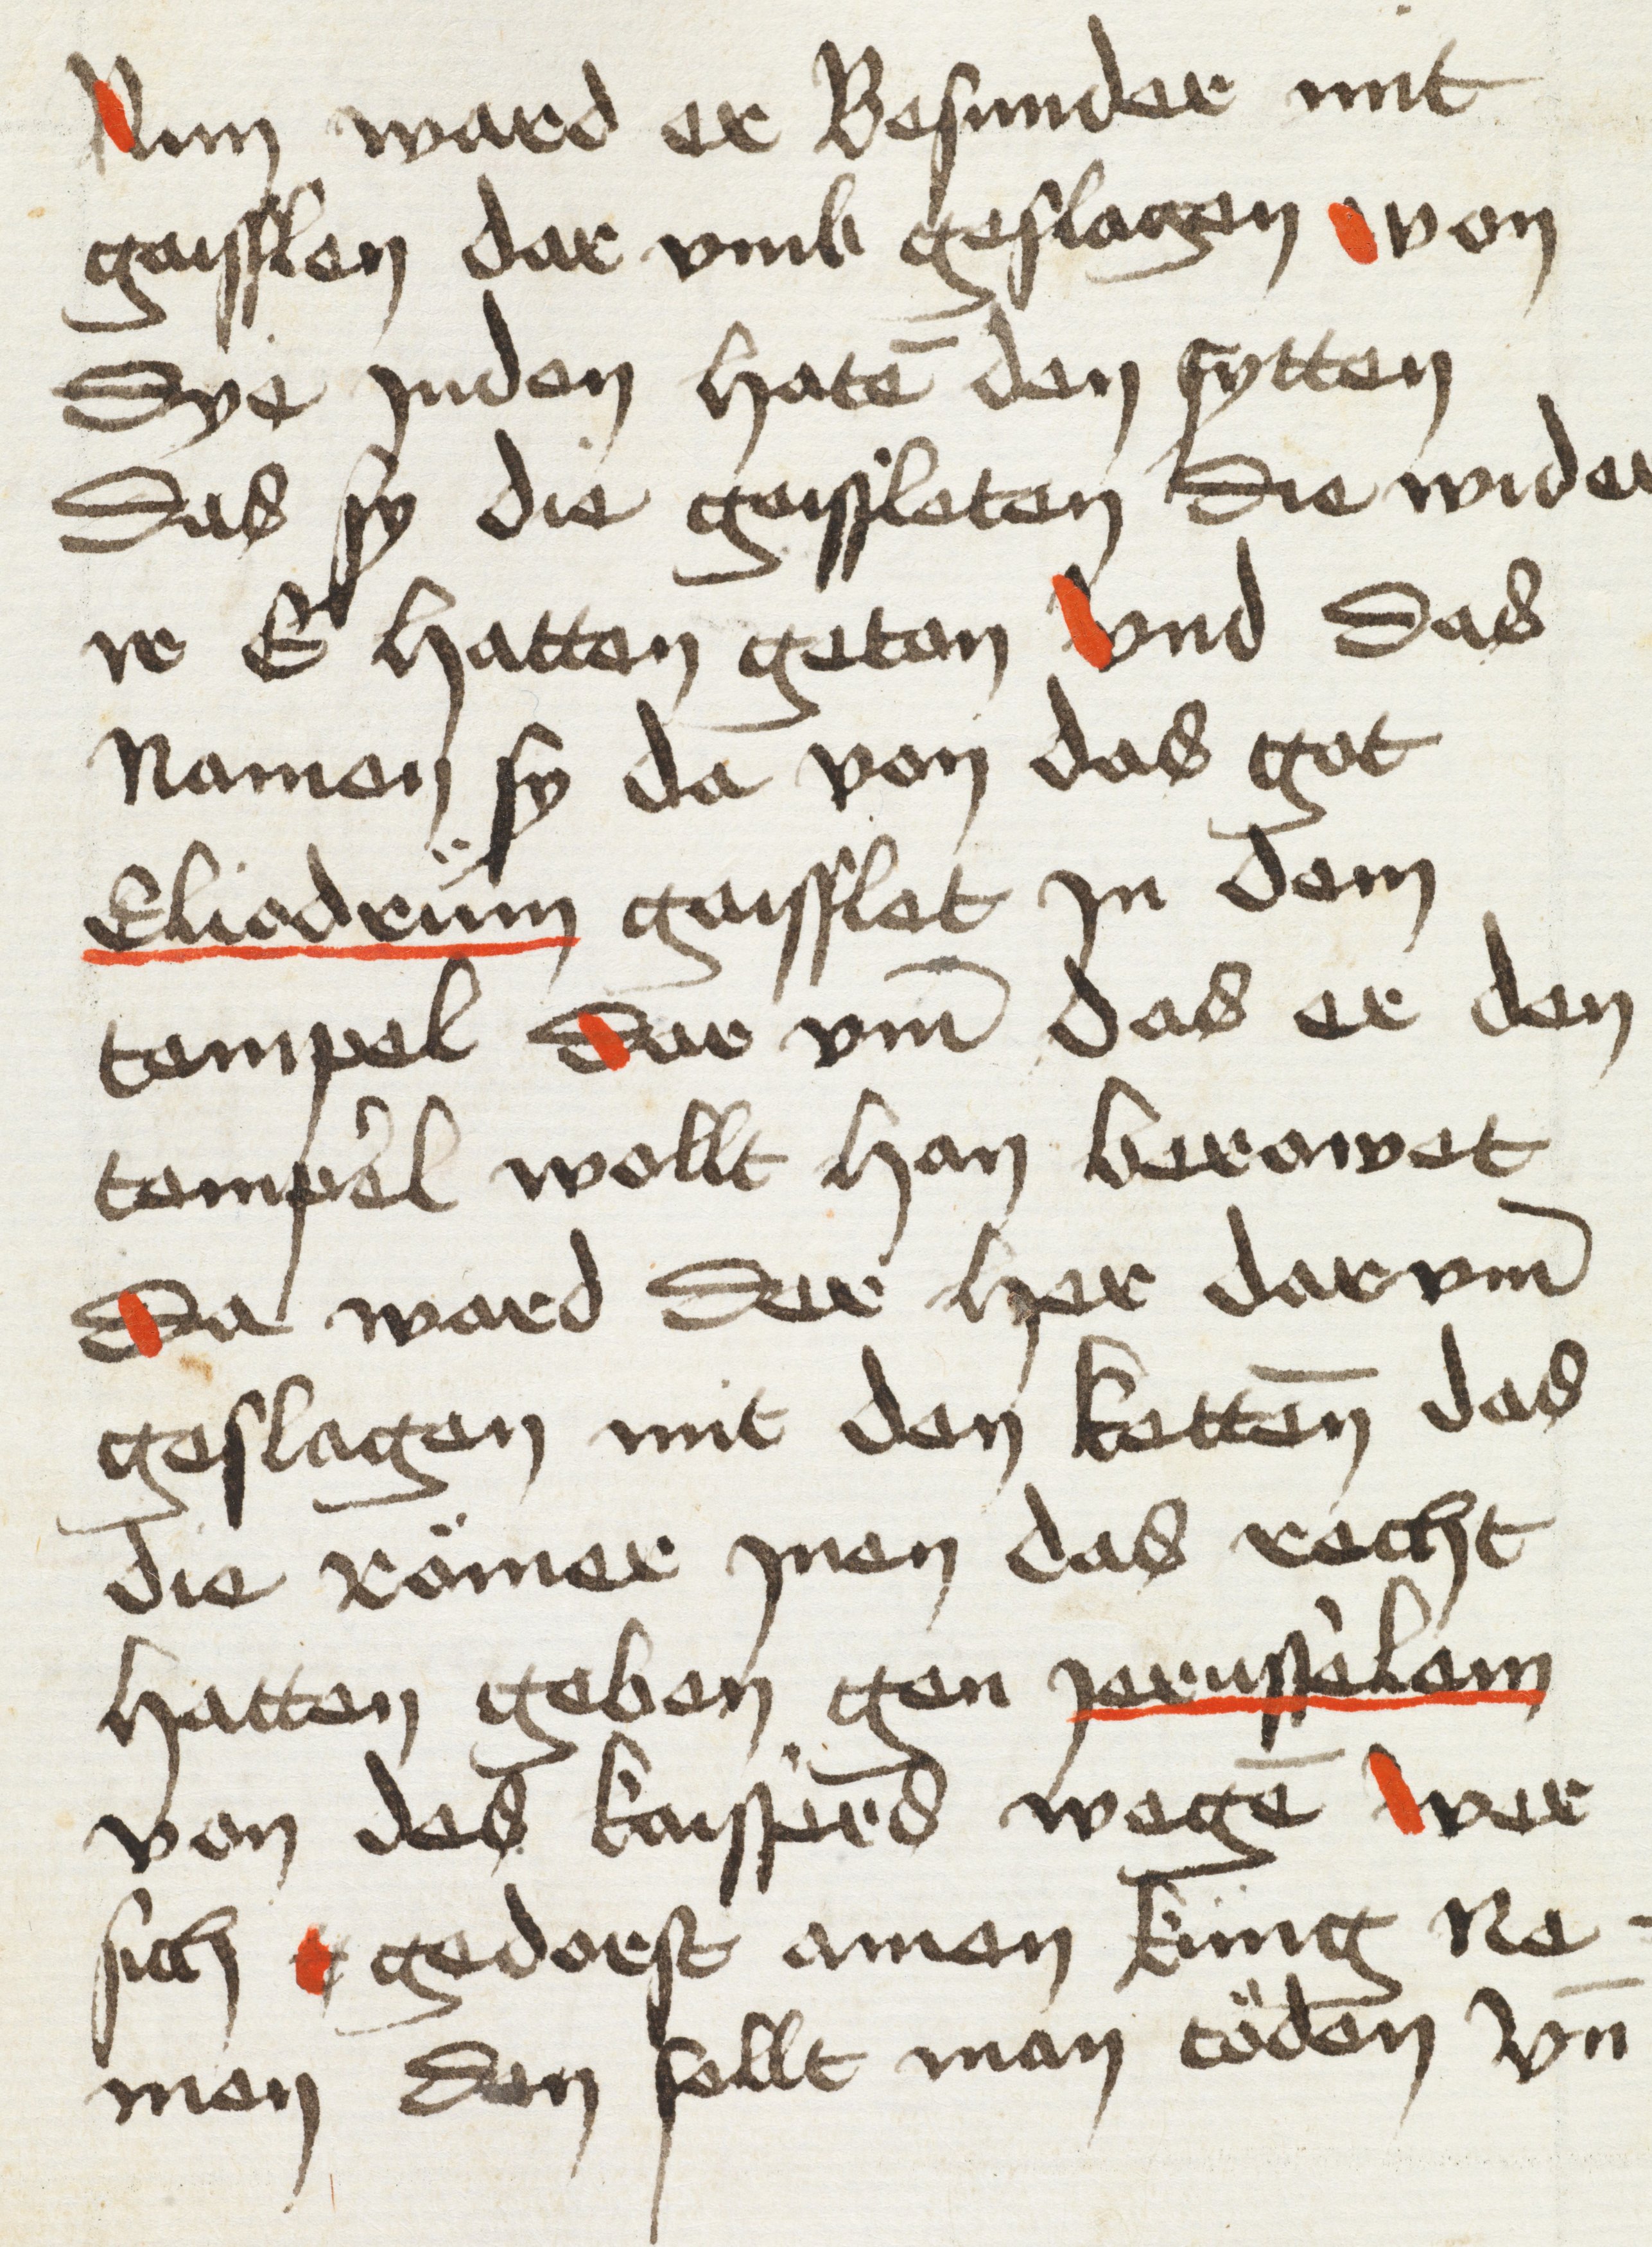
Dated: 1498–1498